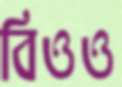
বিওও